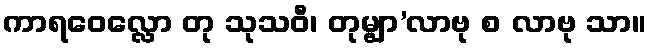
ကာရဝေလ္လော တု သုသဝီ၊ တုမ္ဗျာ’လာဗု စ လာဗု သာ။